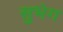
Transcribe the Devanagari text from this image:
सुभेग